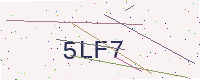
Text: 5LF7